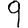
Digit: 9